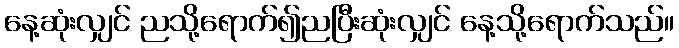
နေ့ဆုံးလျှင် ညသို့ရောက်၍ညပြီးဆုံးလျှင် နေ့သို့ရောက်သည်။